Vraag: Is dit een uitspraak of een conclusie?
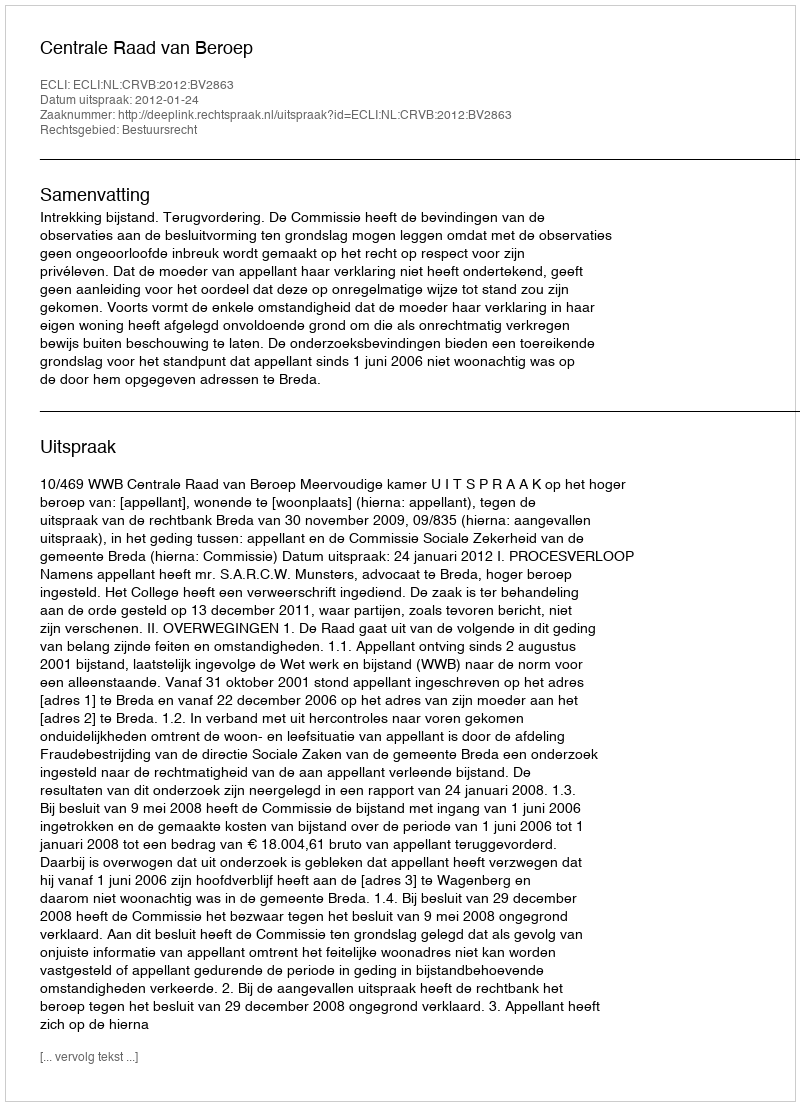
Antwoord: Uitspraak